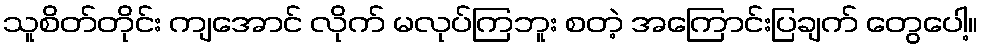
သူစိတ်တိုင်း ကျအောင် လိုက် မလုပ်ကြဘူး စတဲ့ အကြောင်းပြချက် တွေပေါ့။